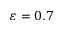
\varepsilon = 0 . 7